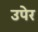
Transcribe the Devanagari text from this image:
उपेर